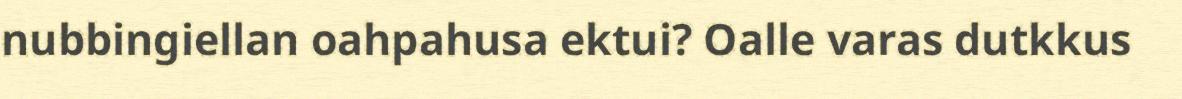
nubbingiellan oahpahusa ektui? Oalle varas dutkkus